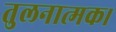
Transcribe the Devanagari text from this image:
तुलनात्मक।